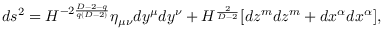
d s ^ { 2 } = H ^ { - 2 \frac { D - 2 - q } { q ( D - 2 ) } } \eta _ { \mu \nu } d y ^ { \mu } d y ^ { \nu } + H ^ { \frac { 2 } { D - 2 } } [ d z ^ { m } d z ^ { m } + d x ^ { \alpha } d x ^ { \alpha } ] ,